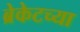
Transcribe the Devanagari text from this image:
ब्रेकेटच्या